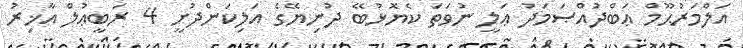
އަލްމަރުޙޫމް ޢަބްދުއްޞަމަދު ޢަލީ ނުވަތަ ކެޔޮޅުބޭ ދުނިޔޭގެ އަލިކަންދުށީ 4 ރަބީޢުލް އާޚިރު